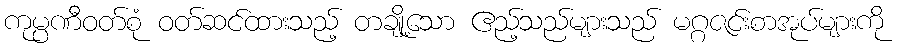
ကုမ္ပဏီဝတ်စုံ ဝတ်ဆင်ထားသည့် တချို့သော ဧည့်သည်များသည် မဂ္ဂဇင်းစာအုပ်များကို